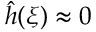
\hat { h } ( \boldsymbol { \xi } ) \approx 0